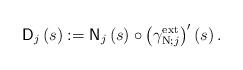
LaTeX: \begin{align*}\mathsf{D}_{j}\left( s\right) :=\mathsf{N}_{j}\left( s\right) \circ\left(\gamma_{\operatorname*{N};j}^{\operatorname*{ext}}\right) ^{\prime}\left(s\right) . \end{align*}